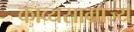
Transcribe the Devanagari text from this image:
काव्यसाम्राज्य